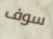
سوف